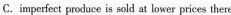
C. impeziect prodace is sold at lower prices thern